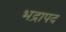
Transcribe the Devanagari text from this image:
भद्रापद